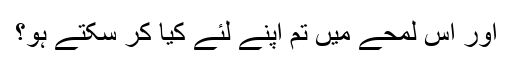
اور اس لمحے میں تم اپنے لئے کیا کر سکتے ہو؟